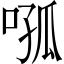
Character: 𭈦